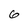
Character: 6